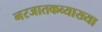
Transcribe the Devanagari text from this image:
नरजातकव्याख्या